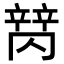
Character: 𬔩